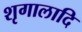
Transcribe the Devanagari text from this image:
शृगालादि